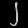
Digit: ၂